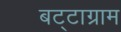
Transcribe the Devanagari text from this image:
बट्टाग्राम